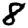
Digit: 8